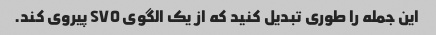
این جمله را طوری تبدیل کنید که از یک الگوی SVO پیروی کند.